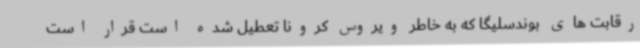
رقابت های بوندسلیگا که به خاطر ویروس کرونا تعطیل شده است قرار است